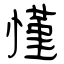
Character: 慬